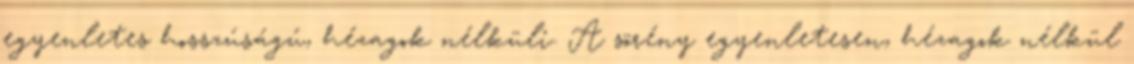
egyenletes hosszúságú, hézagok nélküli. A sörény egyenletesen, hézagok nélkül